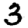
Digit: 3